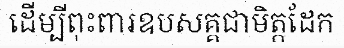
ដើម្បីពុះពារឧបសគ្គជាមិត្តដែក